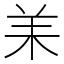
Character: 𦍎